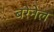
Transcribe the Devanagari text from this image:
बरेनेल